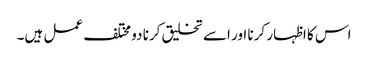
اس کا اظہار کرنا اور اسے تخلیق کرنا دو مختلف عمل ہیں۔